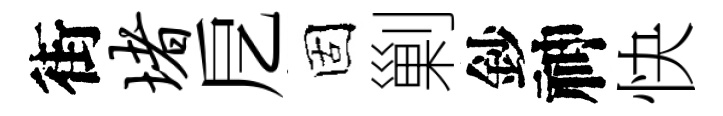
街堵戹固剿鈔神快